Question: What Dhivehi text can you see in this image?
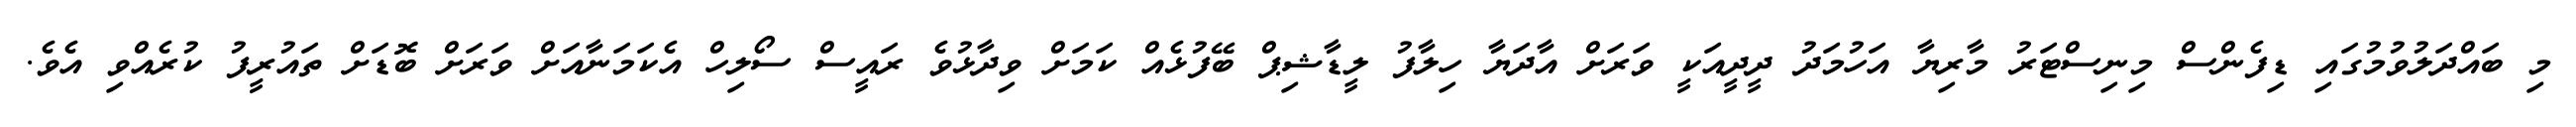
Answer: މި ބައްދަލުވުމުގައި ޑިފެންސް މިނިސްޓަރު މާރިޔާ އަހުމަދު ދީދީއަކީ ވަރަށް އާދަޔާ ހިލާފު ލީޑާޝިޕް ބޭފުޅެއް ކަމަށް ވިދާޅުވެ ރައީސް ސޯލިހް އެކަމަނާއަށް ވަރަށް ބޮޑަށް ތައުރީފު ކުރެއްވި އެވެ.